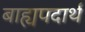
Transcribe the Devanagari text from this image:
बाह्यपदार्थ